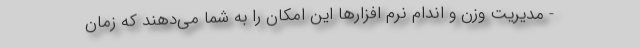
- مدیریت وزن و اندام نرم افزارها این امکان را به شما می‌دهند که زمان